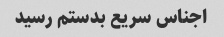
اجناس سریع بدستم رسید